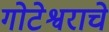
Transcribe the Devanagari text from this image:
गोटेश्वराचे